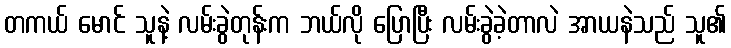
တကယ် မောင် သူနဲ့ လမ်းခွဲတုန်းက ဘယ်လို ပြောပြီး လမ်းခွဲခဲ့တာလဲ အာယနဲသည် သူ၏